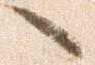
へ